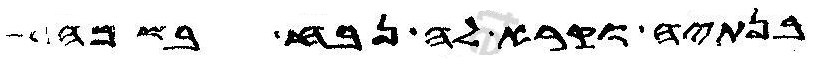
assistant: בנתיה וקרא לה נבח בשמה